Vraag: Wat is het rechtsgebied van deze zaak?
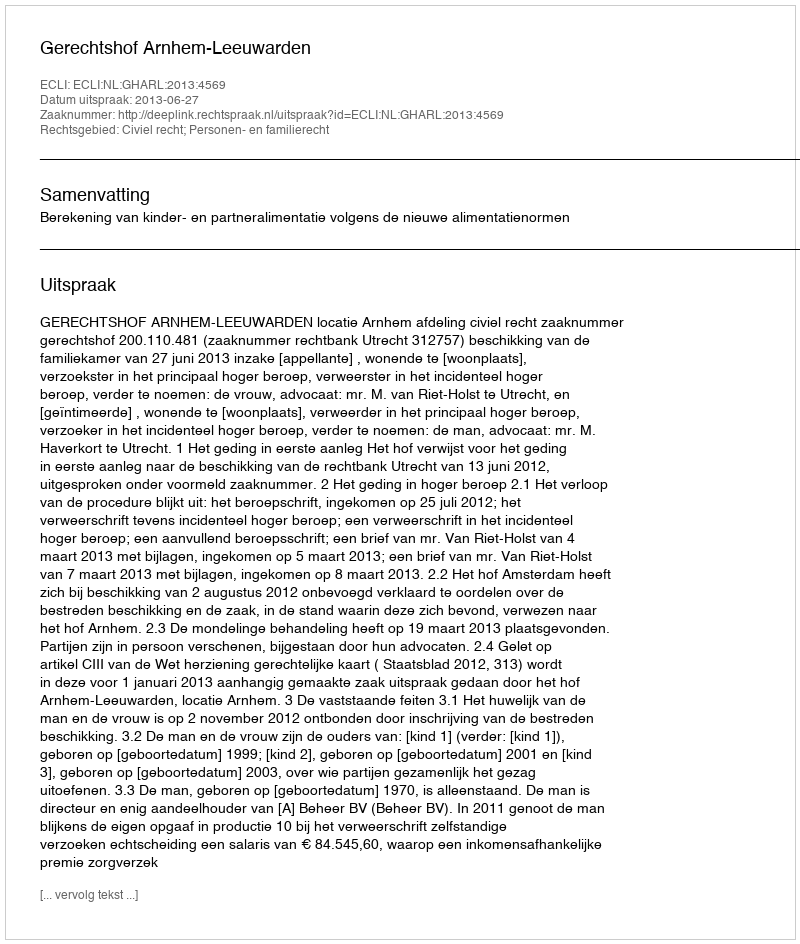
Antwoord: Civiel recht; Personen- en familierecht